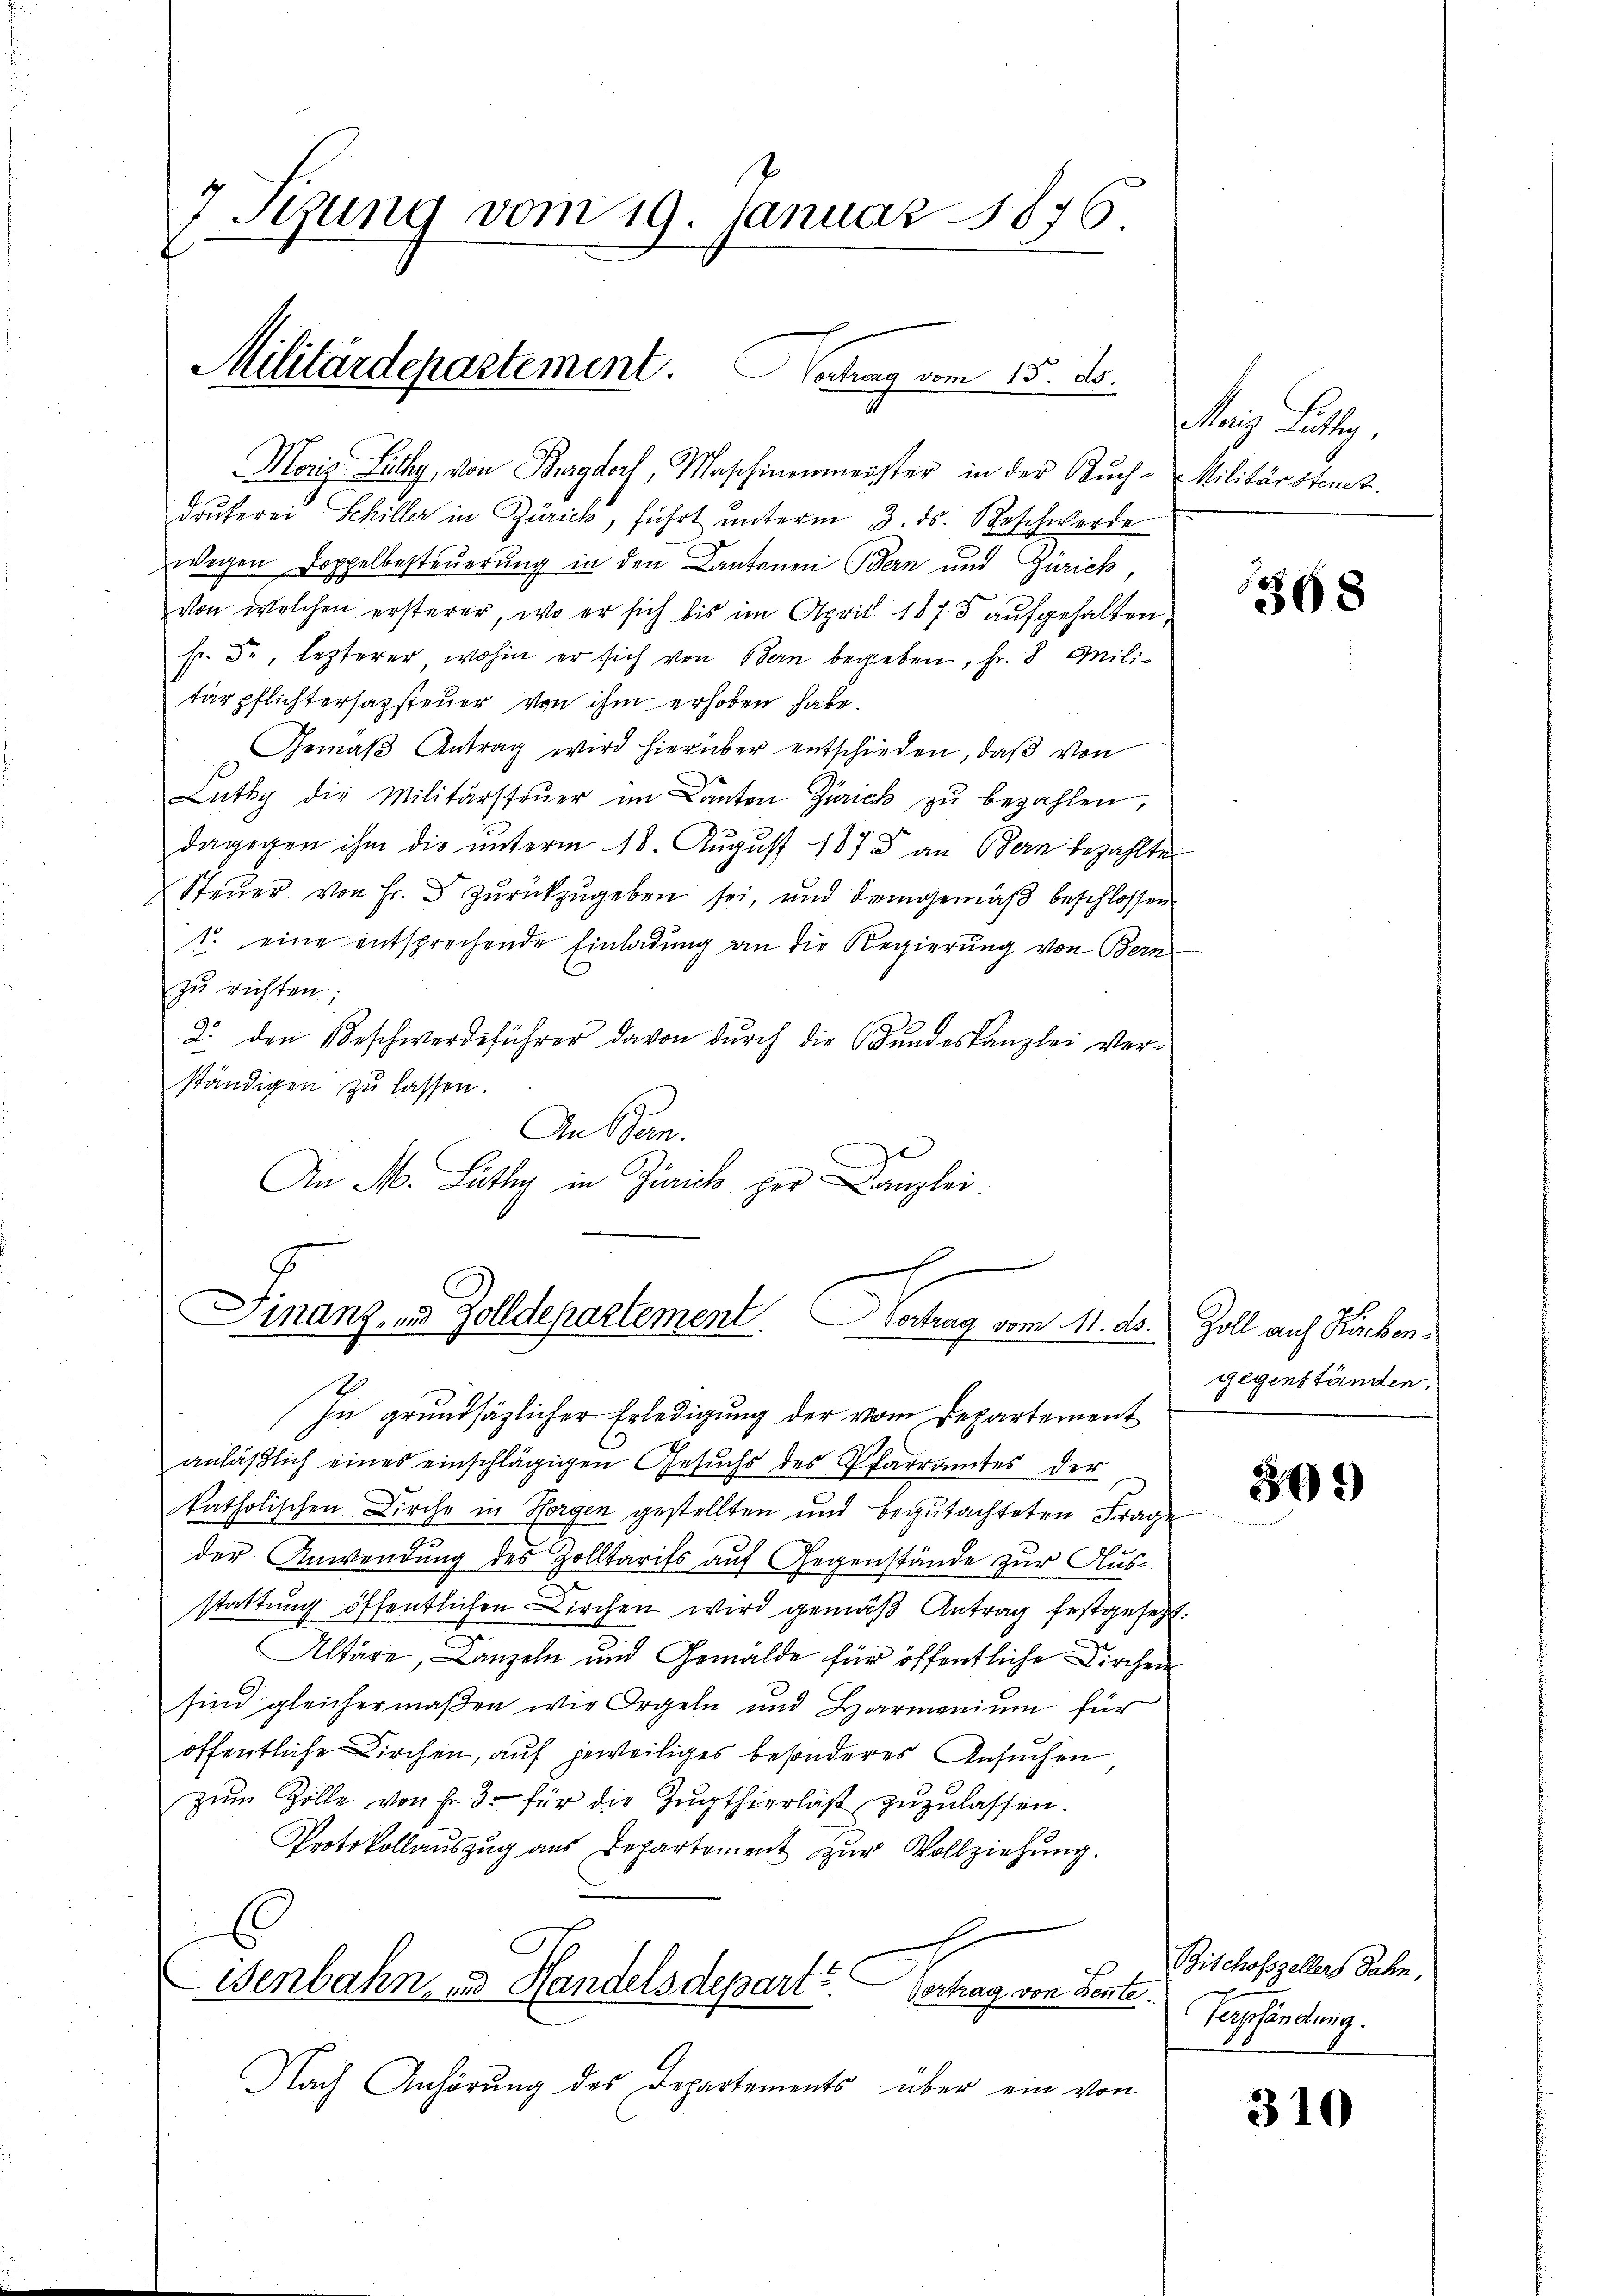
7 Tizung vom 19. Januar 1876.

Militärdepartement. Sochung vom 15. ds.

Moriz Lucky, von Burgdorf, Maschinenmeister in der Buch-Militärstruct.
drukerei Schiller in Zürich, führt unterm 3. ds. Beschwerde
wegen Doppelbesteuerung in den Cantonen Bern und Zürich,
von welchen ersterer, wo er sich bis im April 1875. aufgehalten,
fr. de lezterer wohin er sich von Bern begeben, Fr. 8 Militärpflichtersagsteuer von ihm erhoben habe.
Gemäβ Antrag wird hierüber entschieden, daβ von
Lüthy die Militärsteŭer im Canton Zürich zŭ bezahlen,
dagegen ihm die unterm 18. August 1873 an Bern bezahlte
Steuer von Fr. 3 zurückzugeben sei, und demgemäß beschlossen
1. eine entsprechende Einladung an die Regierung von Bern
zu richten,
2. den Beschwerdeführer davon durch die Bundeskanzlei Verständigen zu lassen.
An Bern.
A
An M. Lüthy in Zürich her Kanzlei.

Finanz, und Zolldepartement. Vortrag vom 11. ds.

sherig Per

In grundsätzlicher Erledigung der vom Departement
anläßlich eines einschlägigen Gesuchs des Pfarramtes der
katholischen Kirche in Horgen gestellten und begutachteten Frage
der Anwendung des Zolltarifs auf Gegenstände zur Aus-
stattung öffentlichen Kirchen wird gemäß Antrag festgesetzt.
Altäre, Canzeln und Gemälde für öffentliche Kirchen
sind gleichermaßen wie Orgeln und Harmonium für
öffentliche Kirchen, auf jeweiliges besonderes Ansuchen
zŭm Zolle von Fr. 3. für die Zugthierläßt zuzulassen.
Protokollaŭszŭg aŭs Departement zŭr Vollziehŭng.
E
h
Wenbahn, und Handelsdepart.
Vortrag von Sente.
Nach Anhörung des Departements über ein von

368

Zoll auf Rücken.
gegenständen.

302)

Bischofszellers Jahn,
Verpfändung.

310